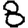
Digit: 8